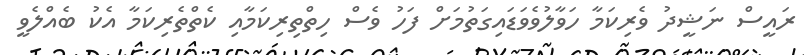
ރައީސް ނަޝީދު ވެރިކަމާ ހަވާލުވެވަޑައިގަތުމަށް ފަހު ވެސް ހިތްތިރިކަމާއި ކެތްތެރިކަމާ އެކު ބެއްލެވީ